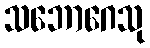
သဘောဂေသု